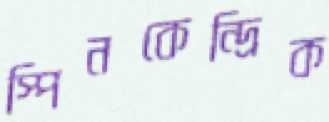
স্পিনকেন্দ্রিক